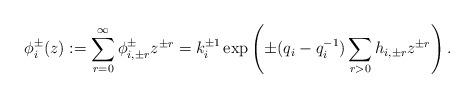
LaTeX: \begin{align*}\phi_i^{\pm}(z):=\sum_{r=0}^{\infty}\phi_{i, \pm r}^{\pm}z^{\pm r}=k_i^{\pm 1}\exp\left(\pm (q_i-q_i^{-1})\sum_{r>0}h_{i, \pm r}z^{\pm r}\right).\end{align*}